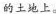
的土地上。